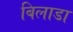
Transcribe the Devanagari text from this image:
बिलाडा